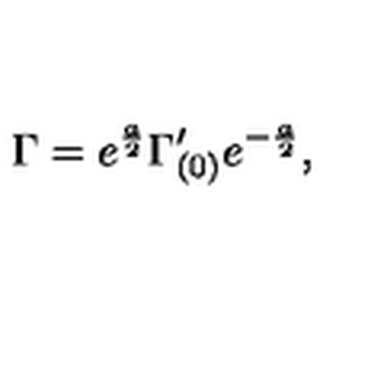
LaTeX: \Gamma = e ^ { \frac { a } { 2 } } \Gamma _ { ( 0 ) } ^ { \prime } e ^ { - { \frac { a } { 2 } } } ,